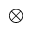
\otimes